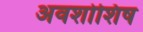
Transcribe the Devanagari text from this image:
अवशोशिष